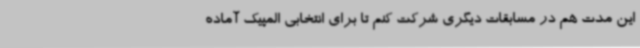
این مدت هم در مسابقات دیگری شرکت کنم تا برای انتخابی المپیک آماده